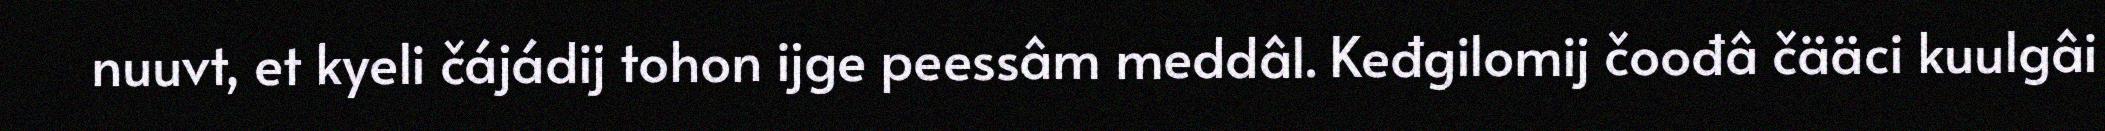
nuuvt, et kyeli čájádij tohon ijge peessâm meddâl. Keđgilomij čoođâ čääci kuulgâi